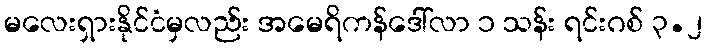
မလေးရှားနိုင်ငံမှလည်း အမေရိကန်ဒေါ်လာ ၁ သန်း ရင်းဂစ် ၃.၂